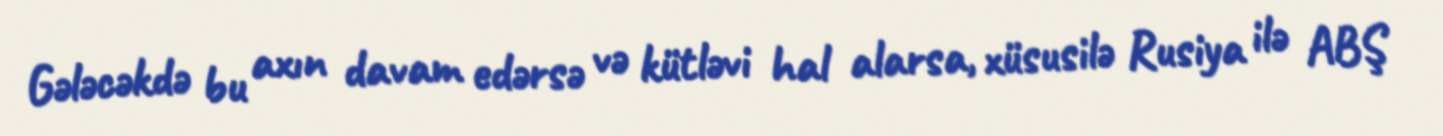
Gələcəkdə bu axın davam edərsə və kütləvi hal alarsa, xüsusilə Rusiya ilə ABŞ